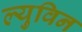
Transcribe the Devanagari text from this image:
ल्युविन